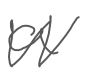
Text: a
Cross-out: zig-zag
Writing tool: digital_gray